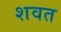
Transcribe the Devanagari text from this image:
शवत